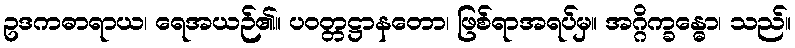
ဥဒကဓာရာယ၊ ရေအယဉ်၏။ ပဝတ္တဋ္ဌာနတော၊ ဖြစ်ရာအရပ်မှ။ အဂ္ဂိက္ခန္ဓော၊ သည်။